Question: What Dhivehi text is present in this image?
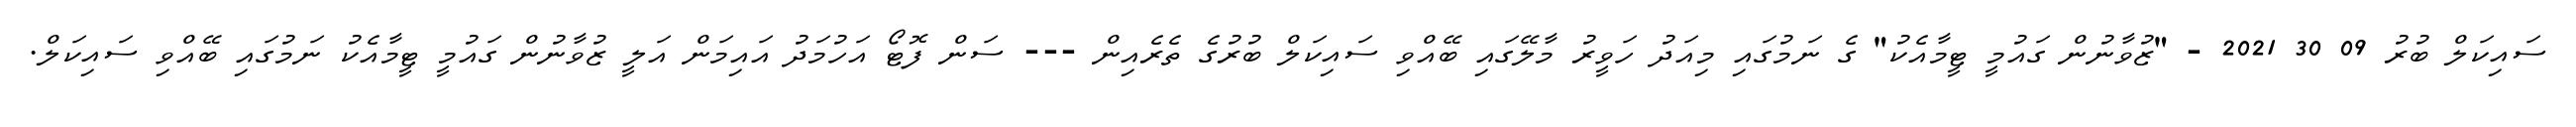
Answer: ސައިކަލް ބުރު 09 30 2021 - "ޒުވާނުން ގައުމީ ޓީމާއެކު" ގެ ނަމުގައި މިއަދު ހަވީރު މާލޭގައި ބޭއްވި ސައިކަލް ބުރުގެ ތެރެއިން --- ސަން ފޮޓޯ އަހުމަދު އައިމަން އަލީ ޒުވާނުން ގައުމީ ޓީމާއެކު ނަމުގައި ބޭއްވި ސައިކަލް.